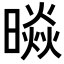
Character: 𭧲